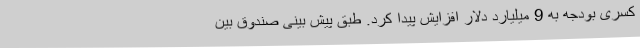
کسری بودجه به 9 میلیارد دلار افزایش پیدا کرد. طبق پیش بینی صندوق بین